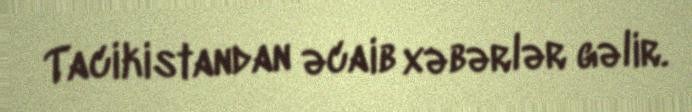
Tacikistandan əcaib xəbərlər gəlir.